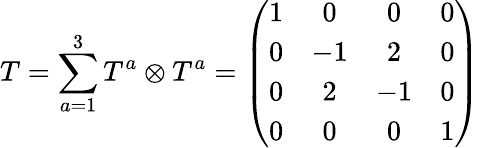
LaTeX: T=\sum_{a=1}^{3}T^{a}\otimes T^{a}=\left(\begin{array}{cccc}{{1}}&{{0}}&{{0}}&{{0}}\\ {{0}}&{{-1}}&{{2}}&{{0}}\\ {{0}}&{{2}}&{{-1}}&{{0}}\\ {{0}}&{{0}}&{{0}}&{{1}}\end{array}\right)